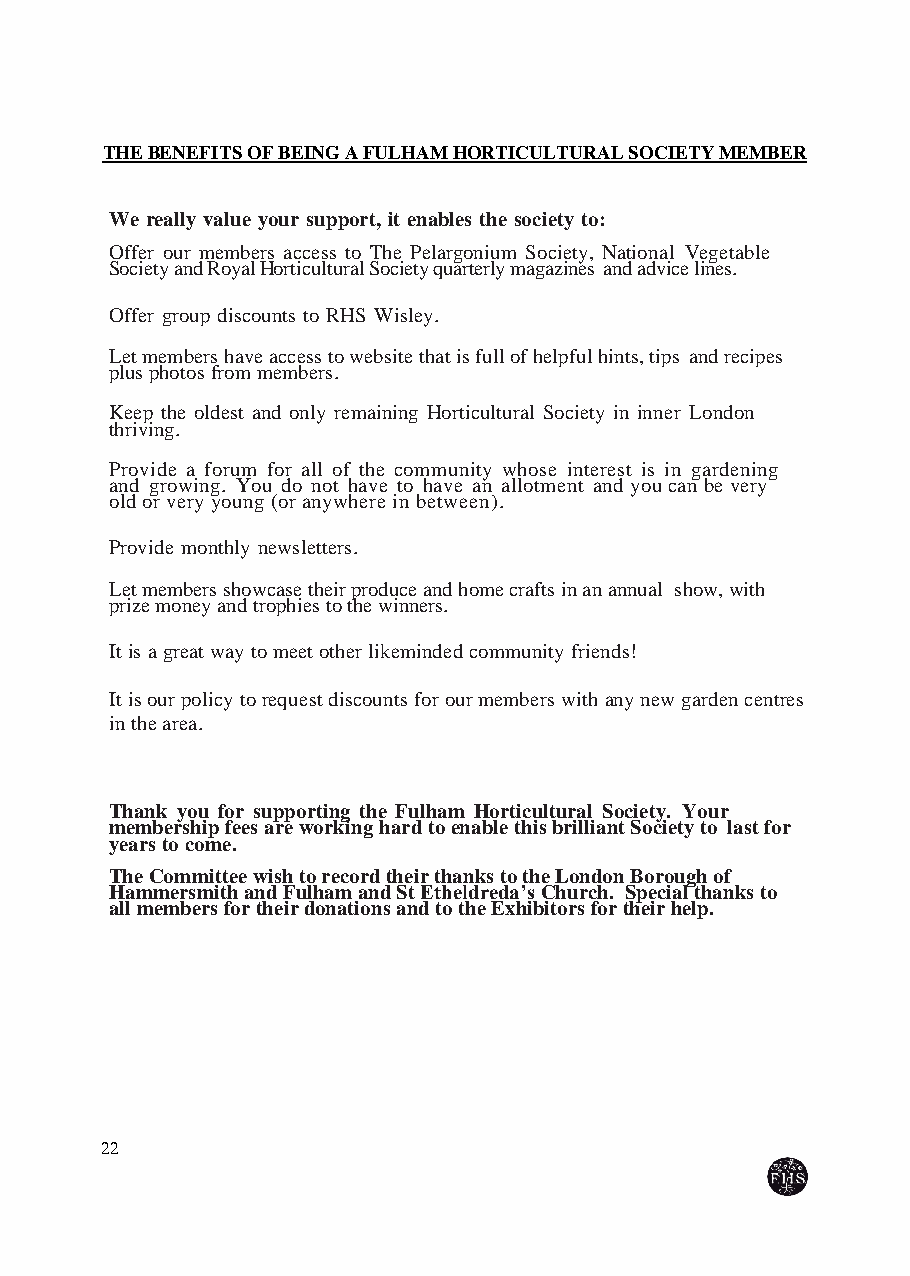
THE BENEFITS OF BEING A FULHAM HORTICULTURAL SOCIETY MEMBER
 We really value your support, it enables the society to:
 Offer our members access to The Pelargonium Society, National Vegetable
 Society and Royal Horticultural Society quarterly magazines and advice lines.
 Offer group discounts to RHS Wisley.
 Let members have access to website that is full of helpful hints, tips and recipes
 plus photos from members.
 Keep the oldest and only remaining Horticultural Society in inner London
 thriving.
 Provide a forum for all of the community whose interest is in gardening
 and growing. You do not have to have an allotment and you can be very
 old or very young (or anywhere in between).
 Provide monthly newsletters.
 Let members showcase their produce and home crafts in an annual show, with
 prize money and trophies to the winners.
 It is a great way to meet other likeminded community friends!
 It is our policy to request discounts for our members with any new garden centres
 in the area.
 Thank you for supporting the Fulham Horticultural Society. Your
 membership fees are working hard to enable this brilliant Society to last for
 years to come.
 The Committee wish to record their thanks to the London Borough of
 Hammersmith and Fulham and St Etheldreda’s Church. Special thanks to
 all members for their donations and to the Exhibitors for their help.
 22